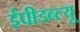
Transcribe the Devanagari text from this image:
ईपीडब्ल्यू